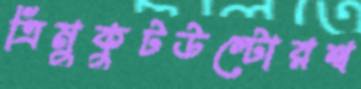
ত্রিমুকুটউল্টোরথ